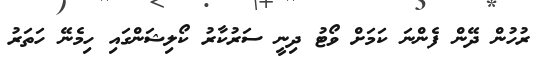
ރުހުން ދޭން ފެންނަ ކަމަށް ވޯޓު ދިނީ ސަރުކާރު ކޯލިޝަންގައި ހިމެނޭ ހަތަރު